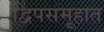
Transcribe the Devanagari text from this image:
द्विपसमूहात